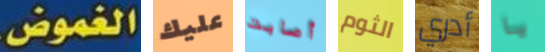
الغموض. عليك أصابت الثوم أدري يا